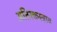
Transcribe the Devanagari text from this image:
अतिरक्तस्त्राव